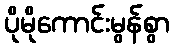
ပိုမိုကောင်းမွန်စွာ